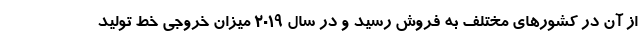
از آن در کشورهای مختلف به فروش رسید و در سال 2019 میزان خروجی خط تولید